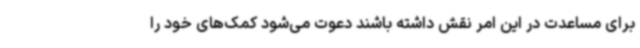
برای مساعدت در این امر نقش داشته باشند دعوت می‌شود کمک‌های خود را